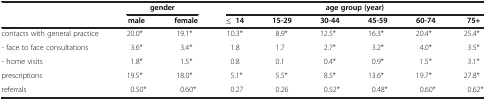
|  | <COLSPAN=2> gender | <COLSPAN=6> age group (year) |
 |  | male | female | ≤ 14 | 15-29 | 30-44 | 45-59 | 60-74 | 75+ |
 | --- | --- | --- | --- | --- | --- | --- | --- | --- |
 | contacts with general practice | 20.0* | 19.1* | 10.3* | 8.9* | 12.5* | 16.3* | 20.4* | 25.4* |
 | - face to face consultations | 3.6* | 3.4* | 1.8 | 1.7 | 2.7* | 3.2* | 4.0* | 3.5* |
 | - home visits | 1.8* | 1.5* | 0.8 | 0.1 | 0.4* | 0.9* | 1.5* | 3.1* |
 | prescriptions | 19.5* | 18.0* | 5.1* | 5.5* | 8.5* | 13.6* | 19.7* | 27.8* |
 | referrals | 0.50* | 0.60* | 0.27 | 0.26 | 0.52* | 0.48* | 0.60* | 0.62* |